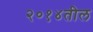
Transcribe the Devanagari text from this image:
२०१४तील